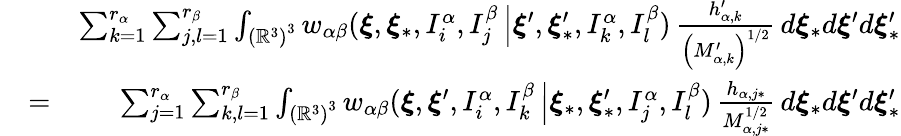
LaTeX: \begin{array}{rlr}&{}&{\sum_{k=1}^{r_{\alpha}}\sum_{j,l=1}^{r_{\beta}}\int_{\left(\mathbb{R}^{3}\right)^{3}}w_{\alpha\beta}(\boldsymbol{\xi},\boldsymbol{\xi}_{\ast},I_{i}^{\alpha},I_{j}^{\beta}\left\vert\boldsymbol{\xi}^{\prime},\boldsymbol{\xi}_{\ast}^{\prime},I_{k}^{\alpha},I_{l}^{\beta}\right.)\, \frac{h_{\alpha,k}^{\prime}}{\left(M_{\alpha,k}^{\prime}\right)^{1/2}}\, d\boldsymbol{\xi}_{\ast}d\boldsymbol{\xi}^{\prime}d\boldsymbol{\xi}_{\ast}^{\prime}}\\ &{=}&{\sum_{j=1}^{r_{\alpha}}\sum_{k,l=1}^{r_{\beta}}\int_{\left(\mathbb{R}^{3}\right)^{3}}w_{\alpha\beta}(\boldsymbol{\xi},\boldsymbol{\xi}^{\prime},I_{i}^{\alpha},I_{k}^{\beta}\left\vert\boldsymbol{\xi}_{\ast},\boldsymbol{\xi}_{\ast}^{\prime},I_{j}^{\alpha},I_{l}^{\beta}\right.)\, \frac{h_{\alpha,j\ast}}{M_{\alpha,j\ast}^{1/2}}\, d\boldsymbol{\xi}_{\ast}d\boldsymbol{\xi}^{\prime}d\boldsymbol{\xi}_{\ast}^{\prime}}\end{array}